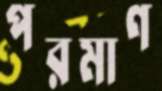
পরমাণ